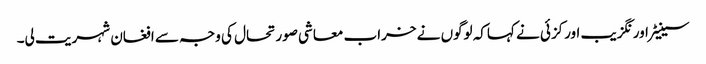
سینیٹر اور نگزیب اورکزئی نے کہاکہ لوگوں نے خراب معاشی صورتحال کی وجہ سے افغان شہریت لی۔